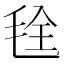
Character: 𮳁